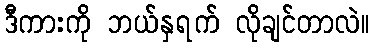
ဒီကားကို ဘယ်နှရက် လိုချင်တာလဲ။